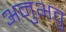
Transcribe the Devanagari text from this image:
अनुभवु